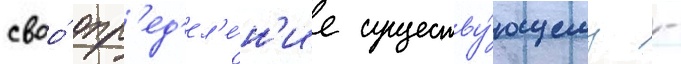
своо́ опр'ед'ел'е́н'ие существу́ющему -